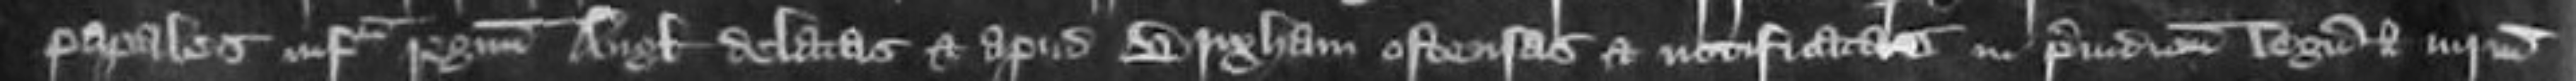
papales infra regnum Anglie delatas et apud Brixham ostensas et notificatas in preiudicium legum nostrum